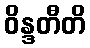
ဝိန္ဒတီတိ